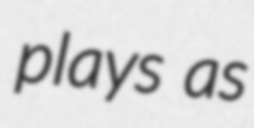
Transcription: plays as